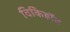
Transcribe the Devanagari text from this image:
विकिडॉट